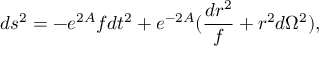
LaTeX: d s ^ { 2 } = - e ^ { 2 A } f d t ^ { 2 } + e ^ { - 2 A } ( { \frac { d r ^ { 2 } } { f } } + r ^ { 2 } d \Omega ^ { 2 } ) ,